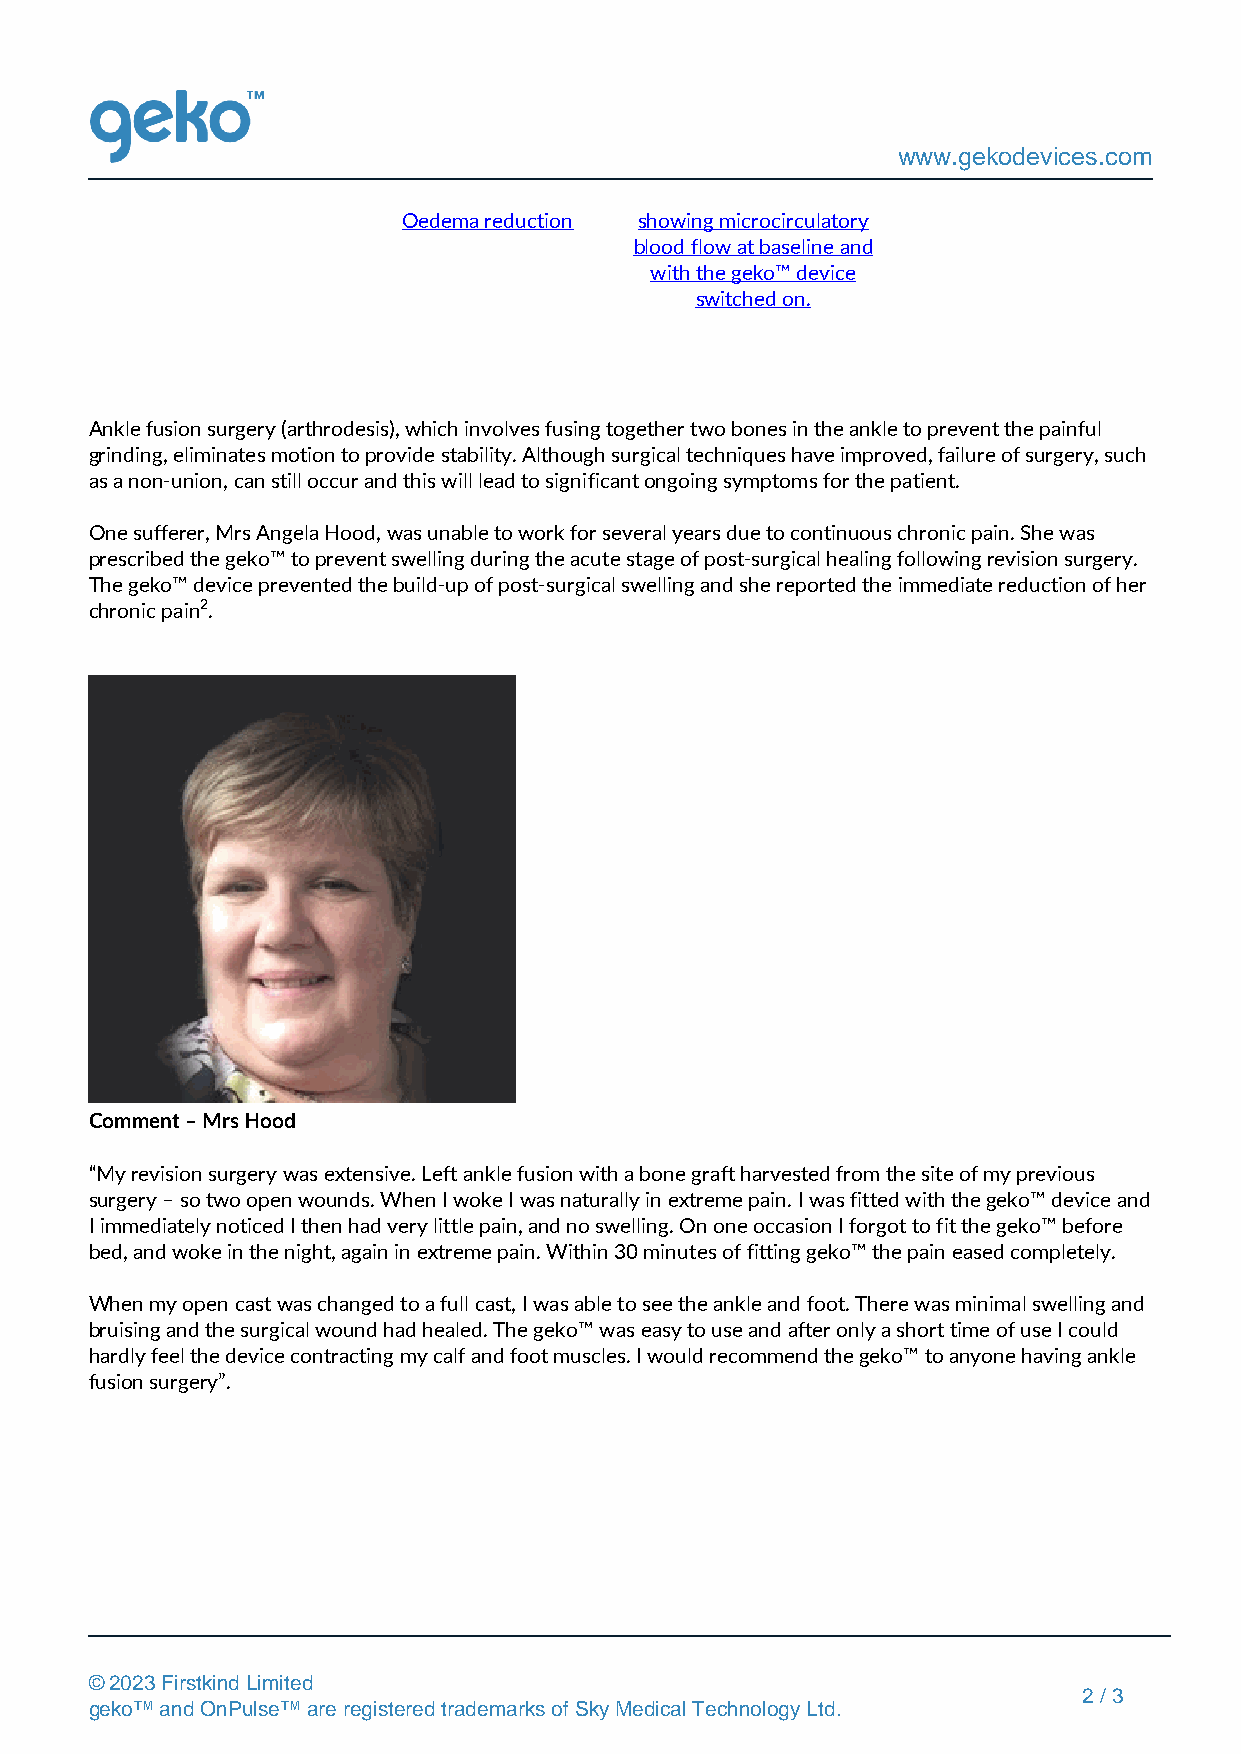
www.gekodevices.com
 Oedema reduction showing microcirculatory
 blood flow at baseline and
 with the geko™ device
 switched on.
 Ankle fusion surgery (arthrodesis), which involves fusing together two bones in the ankle to prevent the painful
 grinding, eliminates motion to provide stability. Although surgical techniques have improved, failure of surgery, such
 as a non-union, can still occur and this will lead to significant ongoing symptoms for the patient.
 One sufferer, Mrs Angela Hood, was unable to work for several years due to continuous chronic pain. She was
 prescribed the geko™ to prevent swelling during the acute stage of post-surgical healing following revision surgery.
 The geko™ device prevented the build-up of post-surgical swelling and she reported the immediate reduction of her
 chronic pain2.
 Comment – Mrs Hood
 “My revision surgery was extensive. Left ankle fusion with a bone graft harvested from the site of my previous
 surgery – so two open wounds. When I woke I was naturally in extreme pain. I was fitted with the geko™ device and
 I immediately noticed I then had very little pain, and no swelling. On one occasion I forgot to fit the geko™ before
 bed, and woke in the night, again in extreme pain. Within 30 minutes of fitting geko™ the pain eased completely.
 When my open cast was changed to a full cast, I was able to see the ankle and foot. There was minimal swelling and
 bruising and the surgical wound had healed. The geko™ was easy to use and after only a short time of use I could
 hardly feel the device contracting my calf and foot muscles. I would recommend the geko™ to anyone having ankle
 fusion surgery”.
 © 2023 Firstkind Limited
 2 / 3
 geko™ and OnPulse™ are registered trademarks of Sky Medical Technology Ltd.